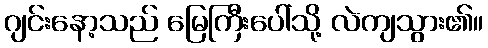
ဂျင်းနော့သည် မြေကြီးပေါ်သို့ လဲကျသွား၏။